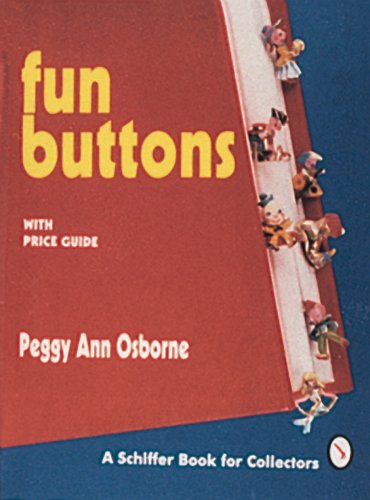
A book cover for Fun Buttons: With Price Guide; Peggy Ann Osborne; Crafts, Hobbies & Home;